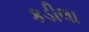
કડીલા